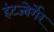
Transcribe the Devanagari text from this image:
हंटज्बेर्गेर